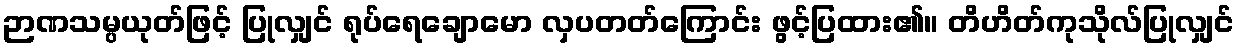
ဉာဏသမ္ပယုတ်ဖြင့် ပြုလျှင် ရုပ်ရေချောမော လှပတတ်ကြောင်း ဖွင့်ပြထား၏။ တိဟိတ်ကုသိုလ်ပြုလျှင်